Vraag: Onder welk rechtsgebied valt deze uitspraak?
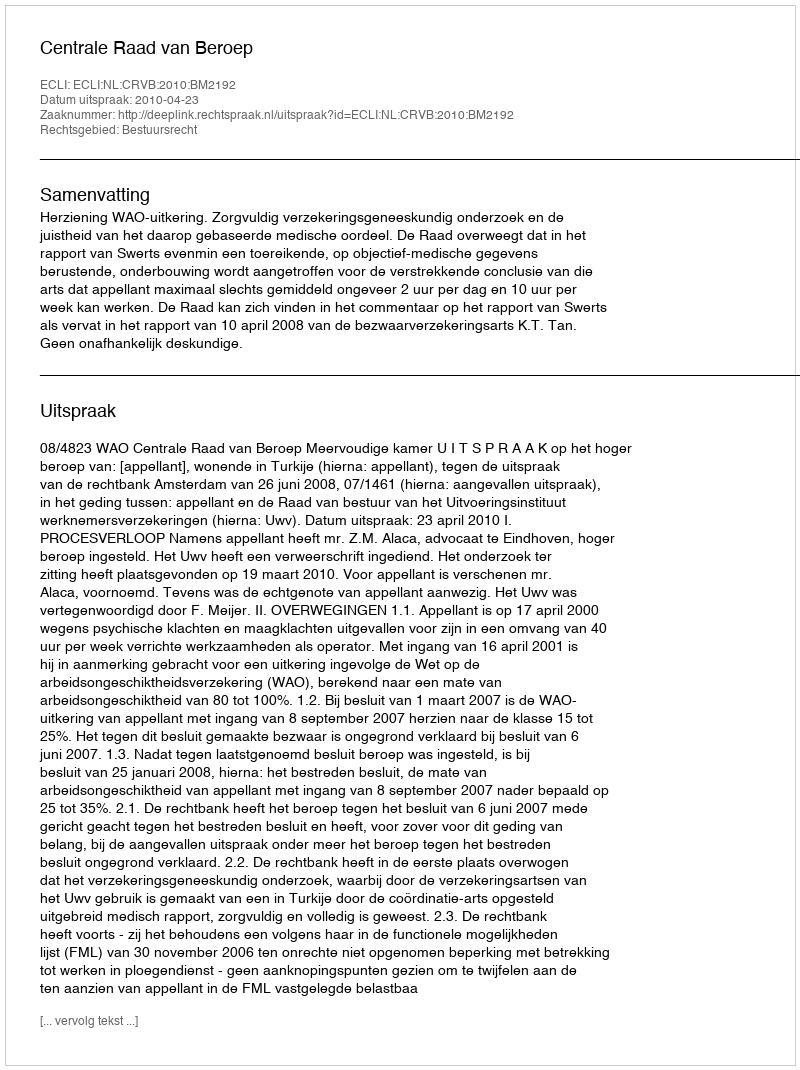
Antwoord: Bestuursrecht